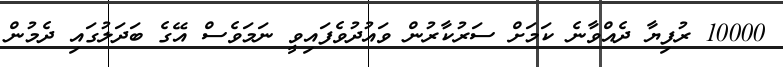
10000 ރުފިޔާ ދެއްވާނެ ކަމަށް ސަރުކާރުން ވައުދުވެފައިވީ ނަމަވެސް އޭގެ ބަދަލުގައި ދެމުން